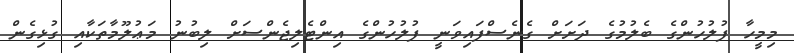
މިމީހާ ފުލުހުންގެ ބެލުމުގެ ދަށަށް ގެނެސްފައިވަނީ ފުލުހުންގެ އިންޓެލިޖެންސަށް ލިބުނު މަޢުލޫމާތަކާއި ގުޅިގެން